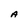
Character: A